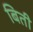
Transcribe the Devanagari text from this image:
बिती